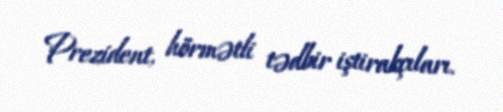
Prezident, hörmətli tədbir iştirakçıları.